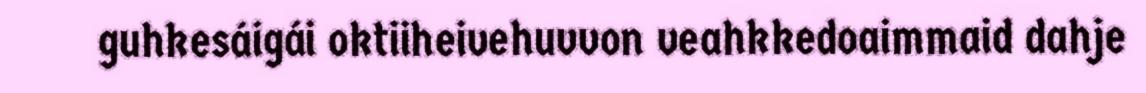
guhkesáigái oktiiheivehuvvon veahkkedoaimmaid dahje